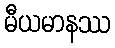
မီယမာနဿ